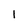
Character: 1